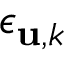
{ \epsilon _ { { \bf u } , k } }